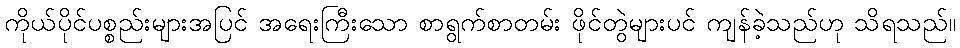
ကိုယ်ပိုင်ပစ္စည်းများအပြင် အရေးကြီးသော စာရွက်စာတမ်း ဖိုင်တွဲများပင် ကျန်ခဲ့သည်ဟု သိရသည်။